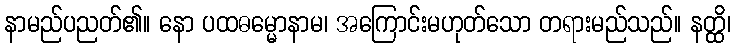
နာမည်ပညတ်၏။ နော ပထဓမ္မောနာမ၊ အကြောင်းမဟုတ်သော တရားမည်သည်။ နတ္ထိ၊